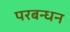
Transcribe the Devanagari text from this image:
परबन्धन